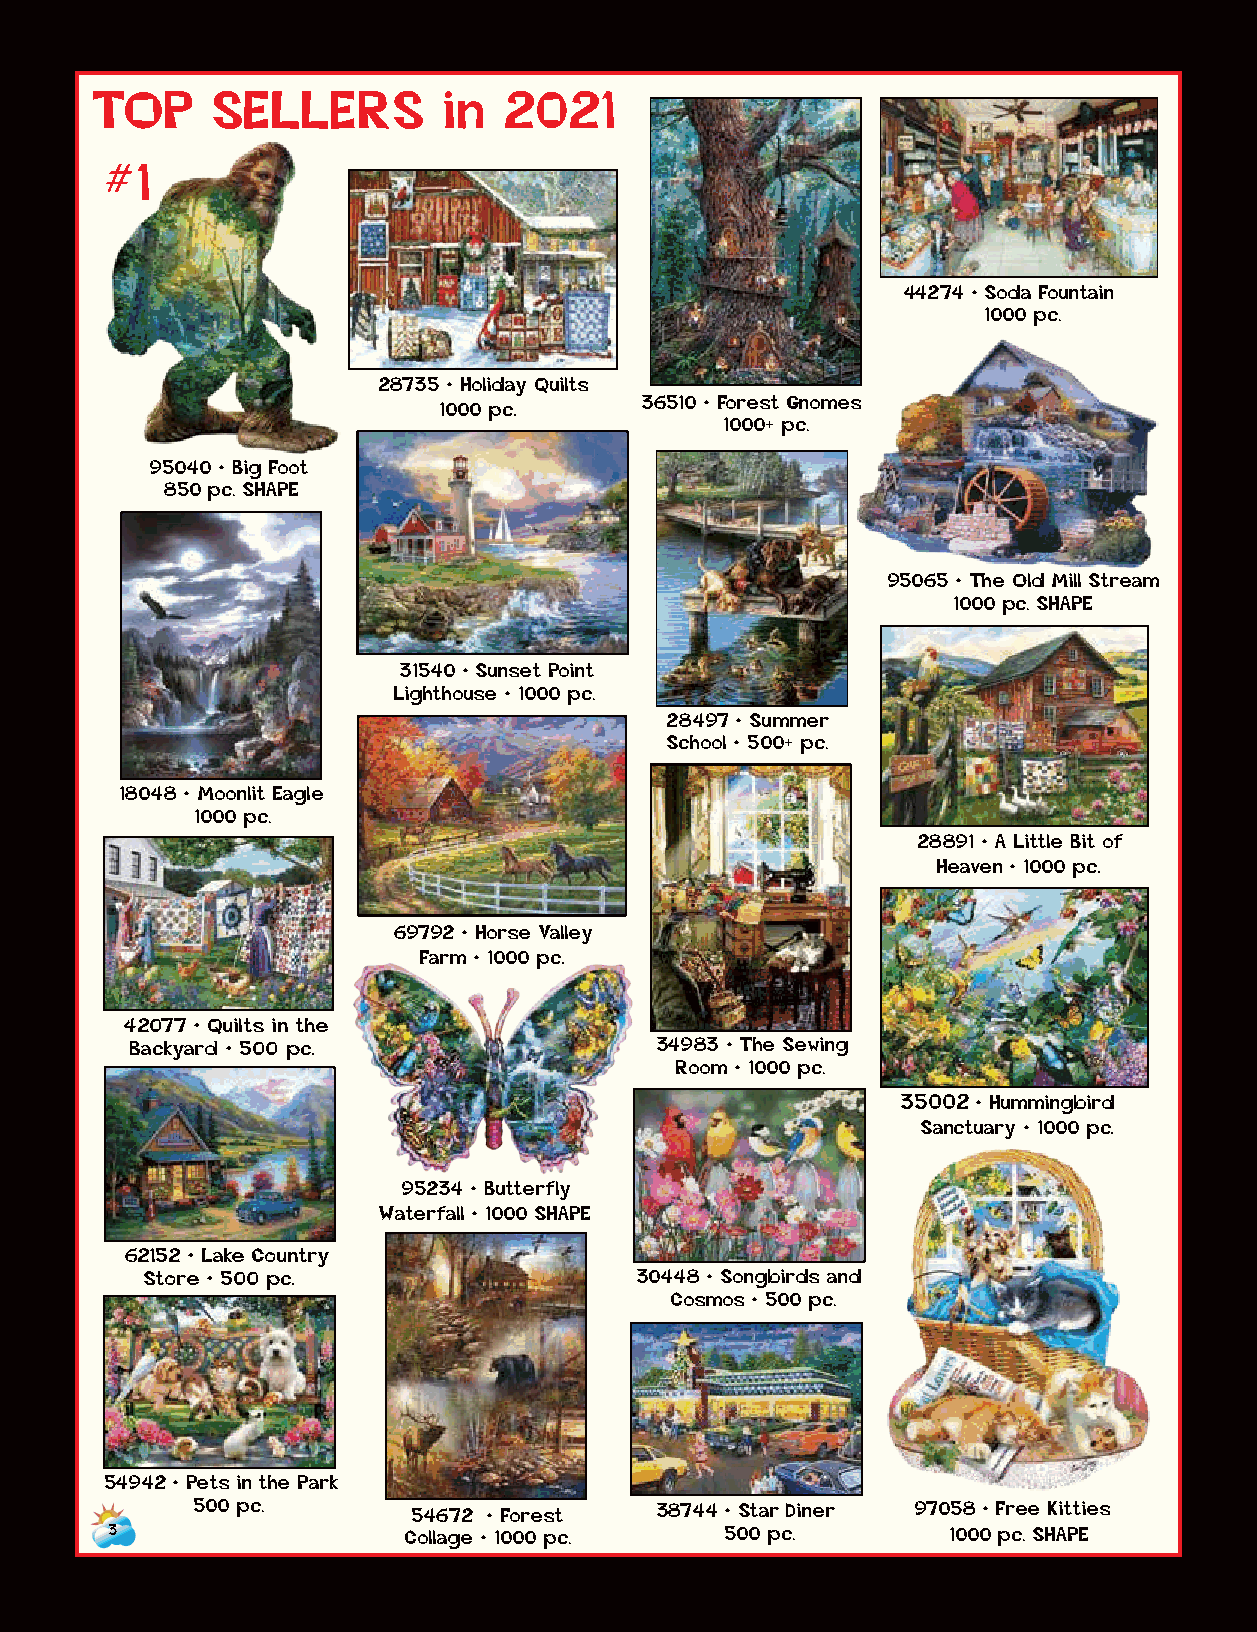
TOP     SELLERS        in  2021
 #1
 44274 • Soda Fountain
 1000 pc.
 28735 • Holiday Quilts
 1000 pc.      36510 • Forest Gnomes
 1000+ pc.
 95040 • Big Foot
 850 pc. SHAPE
 95065 • The Old Mill Stream
 1000 pc. SHAPE
 31540 • Sunset Point
 Lighthouse • 1000 pc.
 28497 • Summer
 School • 500+ pc.
 18048 • Moonlit Eagle
 1000 pc.
 28891 • A Little Bit of
 Heaven • 1000 pc.
 69792 • Horse Valley
 Farm • 1000 pc.
 42077 • Quilts in the
 Backyard • 500 pc.                34983 • The Sewing
 Room • 1000 pc.
 35002 • Hummingbird
 Sanctuary • 1000 pc.
 95234 • Butterfly
 Waterfall • 1000 SHAPE
 62152 • Lake Country
 Store • 500 pc.                 30448 • Songbirds and
 Cosmos • 500 pc.
 54942 • Pets in the Park
 500 pc.       54672 • Forest  38744 • Star Diner 97058 • Free Kitties
 3                   Collage • 1000 pc.   500 pc.        1000 pc. SHAPE